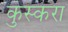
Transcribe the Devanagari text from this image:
कुस्करा